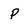
Character: p